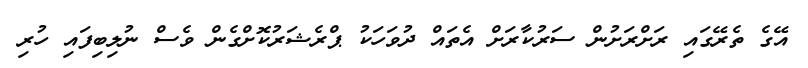
އޭގެ ތެރޭގައި ރަށްރަށުން ސަރުކާރަށް އެތައް ދުވަހަކު ޕްރެޝަރުކޮށްގެން ވެސް ނުލިބިފައި ހުރި